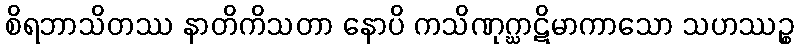
စိရဘာသိတဿ နာတိကိသတာ နောပိ ကသိဏုဂ္ဃာဋိမာကာသော သဟဿဉ္စ